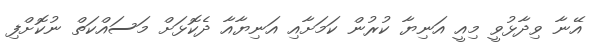
އޭނާ ވިދާޅުވީ މިއީ އަނިޔާ ކުރުން ކަމަށާއި އަނިޔާއާ ދެކޮޅަށް މަސައްކަތް ނުކޮށްފި